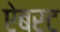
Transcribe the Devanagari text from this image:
ऐबरट